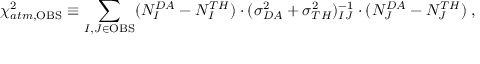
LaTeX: \chi _ { a t m , \mathrm { O B S } } ^ { 2 } \equiv \sum _ { I , J \in { \mathrm { O B S } } } ( N _ { I } ^ { D A } - N _ { I } ^ { T H } ) \cdot ( \sigma _ { D A } ^ { 2 } + \sigma _ { T H } ^ { 2 } ) _ { I J } ^ { - 1 } \cdot ( N _ { J } ^ { D A } - N _ { J } ^ { T H } ) \; ,